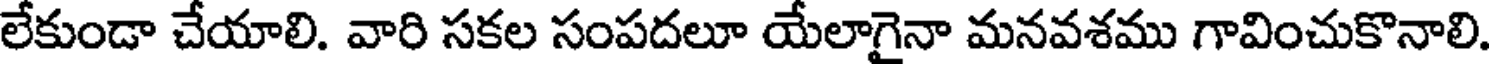
లేకుండా చేయాలి. వారి సకల సంపదలూ యేలాగైనా మనవశము గావించుకొనాలి